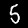
Digit: 5